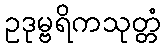
ဥဒုမ္ဗရိကသုတ္တံ